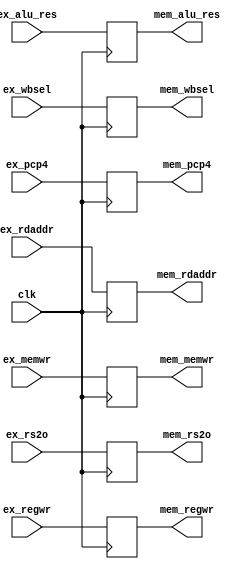
module ex_mem_reg(
	clk,
	//ex
	ex_alu_res,
	ex_rs2o,
	ex_memwr,
	ex_regwr,
	ex_wbsel,
	ex_pcp4,
	ex_rdaddr,

	//mem
	mem_alu_res,
	mem_rs2o,
	mem_regwr,
	mem_memwr,
	mem_wbsel,
	mem_pcp4,
	mem_rdaddr

);
input wire clk;
//input wires
input wire [31:0] ex_rs2o; 
input wire [31:0] ex_alu_res;
input wire ex_memwr;
input wire ex_regwr;
input wire [1:0] ex_wbsel;
input wire [31:0] ex_pcp4;
input wire [4:0] ex_rdaddr;
//output registers

output reg [31:0] mem_rs2o; 
output reg [31:0] mem_alu_res;
output reg mem_memwr;
output reg mem_regwr;
output reg [1:0] mem_wbsel;
output reg [31:0] mem_pcp4;
output reg [4:0] mem_rdaddr;


always @(posedge clk) begin
	mem_rs2o <= ex_rs2o;
	mem_alu_res <= ex_alu_res;
	mem_memwr <= ex_memwr;
	mem_regwr <= ex_regwr;
	mem_wbsel <= ex_wbsel;
	mem_pcp4 <= ex_pcp4;
	mem_rdaddr <= ex_rdaddr;
end



endmodule